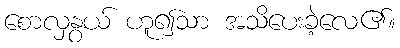
စောလှနွယ် ဟူ၍သာ အသိပေးခဲ့လေ၏။